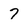
Character: 7